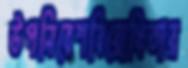
উপনিবেশবিরোধিতার